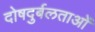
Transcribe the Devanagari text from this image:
दोषदुर्बलताओं